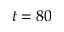
t = 8 0